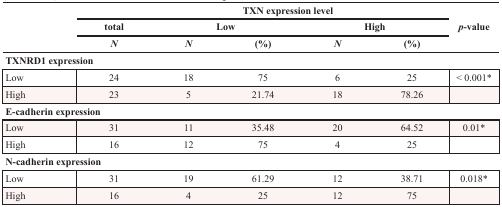
| <ROWSPAN=3>  | <COLSPAN=5> TXN expression level | <ROWSPAN=3> p-value |
 | total | <COLSPAN=2> Low | <COLSPAN=2> High |
 | N | N | (%) | N | (%) |
 | --- | --- | --- | --- | --- | --- | --- |
 | <COLSPAN=7> TXNRD1 expression |
 | Low | 24 | 18 | 75 | 6 | 25 | < 0.001* |
 | High | 23 | 5 | 21.74 | 18 | 78.26 |  |
 | <COLSPAN=7> E-cadherin expression |
 | Low | 31 | 11 | 35.48 | 20 | 64.52 | 0.01* |
 | High | 16 | 12 | 75 | 4 | 25 |  |
 | <COLSPAN=7> N-cadherin expression |
 | Low | 31 | 19 | 61.29 | 12 | 38.71 | 0.018* |
 | High | 16 | 4 | 25 | 12 | 75 |  |